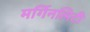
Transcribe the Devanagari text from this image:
मर्गिनलिटी